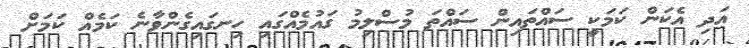
އަދި އެކަން ކަމަކީ ސައްތައިން ސައްތަ މުސްލިމު ގައުމެއްގައި ހިނގައިގެންވާނެ ކަމެއް ކަމަށް